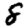
Digit: 8